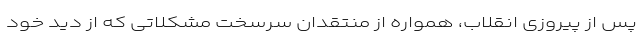
پس از پیروزی انقلاب، همواره از منتقدان سرسخت مشکلاتی که از دید خود